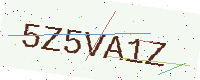
Text: 5Z5VA1Z